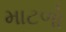
માટળો